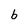
Character: b